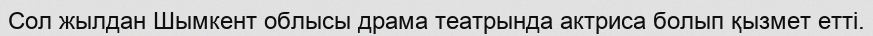
Сол жылдан Шымкент облысы драма театрында актриса болып қызмет етті.